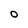
Character: O